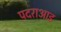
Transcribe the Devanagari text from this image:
पदराआड